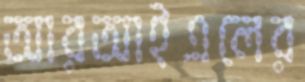
আরআইএলের